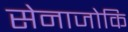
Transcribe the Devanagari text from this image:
सेनाजोकि